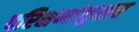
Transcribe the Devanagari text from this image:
परिक्षणांनुसार